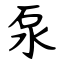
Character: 泵